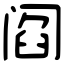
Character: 阎